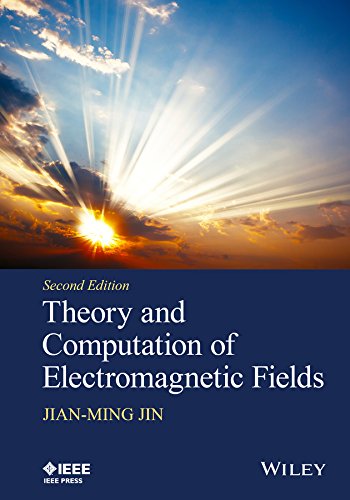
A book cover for Theory and Computation of Electromagnetic Fields; Jian-Ming Jin; Science & Math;